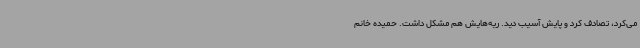
می‌کرد، تصادف کرد و پایش آسیب دید. ریه‌هایش هم مشکل داشت. حمیده خانم